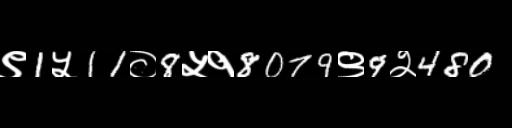
Text: ९1५11०8५१8079९9२480